Vaccination in Bombay 1924-1928 - 1924-1928
Year: 1924
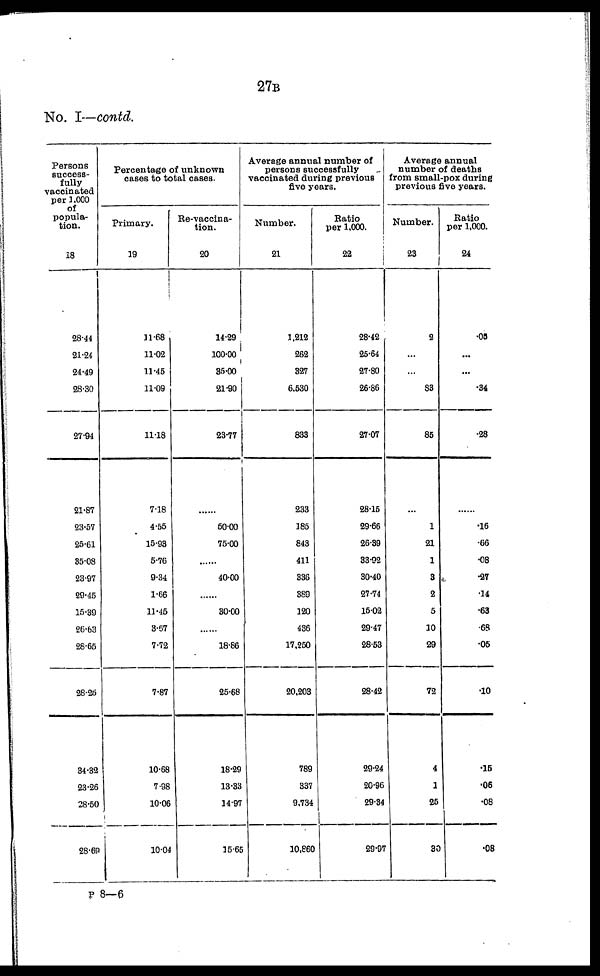
27B
No. I—contd.
Persons
success-
fully
vaccinated
per 1,000
of
popula-
tion.
18
28.44
21.24
24.49
28.30
27.94
21.87
23.57
25.61
35.08
23.97
29.45
15.39
26.63
28.65
28.26
34.32
23.26
28.50
28.69
Percentage of unknown
cases to total cases.
Primary.
19
11.68
11.02
11.45
11.09
11.18
7.18
4.55
15.93
5.76
9.34
1.66
11.45
3.67
7.72
7.87
10.68
7.98
10.06
10.04
Re-vaccina-
tion.
20
14.29
100.00
35.00
21.90
23.77
......
50.00
75.00
......
40.00
......
30.00
...
18.86
25.68
18.29
13.33
14.97
15.65
Average annual number of
persons successfully
vaccinated during previous
five years.
Number.
21
1,212
262
327
6,530
833
233
185
843
411
336
389
120
436
17,250
20,203
789
337
9,734
10,860
Ratio
per 1,000.
22
28.42
25.64
27.80
26.86
27.07
28.15
29.66
26.39
33.92
30.40
27.74
15.02
29.47
28.53
28.42
29.24
20.96
29.34
29.97
Average annual
number of deaths
from small-pox during
previous five years.
Number.
23
2
...
...
83
85
...
1
21
1
3
2
5
10
29
72
4
1
25
30
Ratio
per 1,000.
24
.05
...
...
.34
.28
......
.16
.66
.08
.27
.14
.63
.68
.05
.10
.15
.06
.08
.08
P 8—6